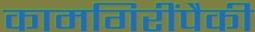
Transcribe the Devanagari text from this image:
कामगिरींपैकी